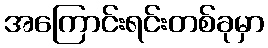
အကြောင်းရင်းတစ်ခုမှာ